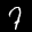
Label: 7